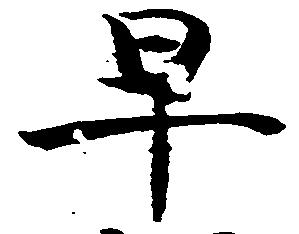
早